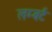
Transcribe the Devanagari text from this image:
लम्बर्ट